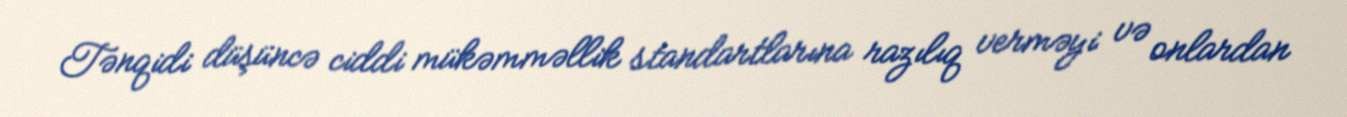
Tənqidi düşüncə ciddi mükəmməllik standartlarına razılıq verməyi və onlardan